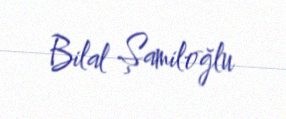
Bilal Şamiloğlu